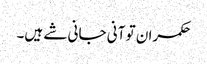
حکمران تو آنی جانی شے ہیں۔